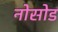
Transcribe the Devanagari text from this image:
नोसोड